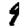
Digit: 4